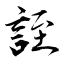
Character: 誈